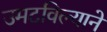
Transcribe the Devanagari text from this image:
उमटविल्याने